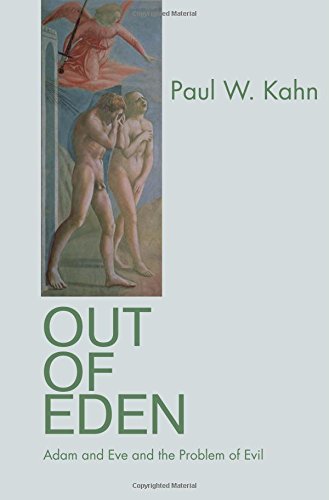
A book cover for Out of Eden: Adam and Eve and the Problem of Evil; Paul W. Kahn; Politics & Social Sciences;